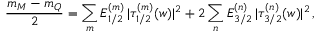
{ \frac { m _ { M } - m _ { Q } } { 2 } } = \sum _ { m } E _ { 1 / 2 } ^ { ( m ) } \, | \tau _ { 1 / 2 } ^ { ( m ) } ( w ) | ^ { 2 } + 2 \sum _ { n } E _ { 3 / 2 } ^ { ( n ) } \, | \tau _ { 3 / 2 } ^ { ( n ) } ( w ) | ^ { 2 } \, ,